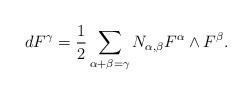
LaTeX: \begin{align*}dF^{\gamma }=\frac{1}{2}\sum\limits_{\alpha +\beta =\gamma }N_{\alpha,\beta }F^{\alpha }\wedge F^{\beta }.\end{align*}